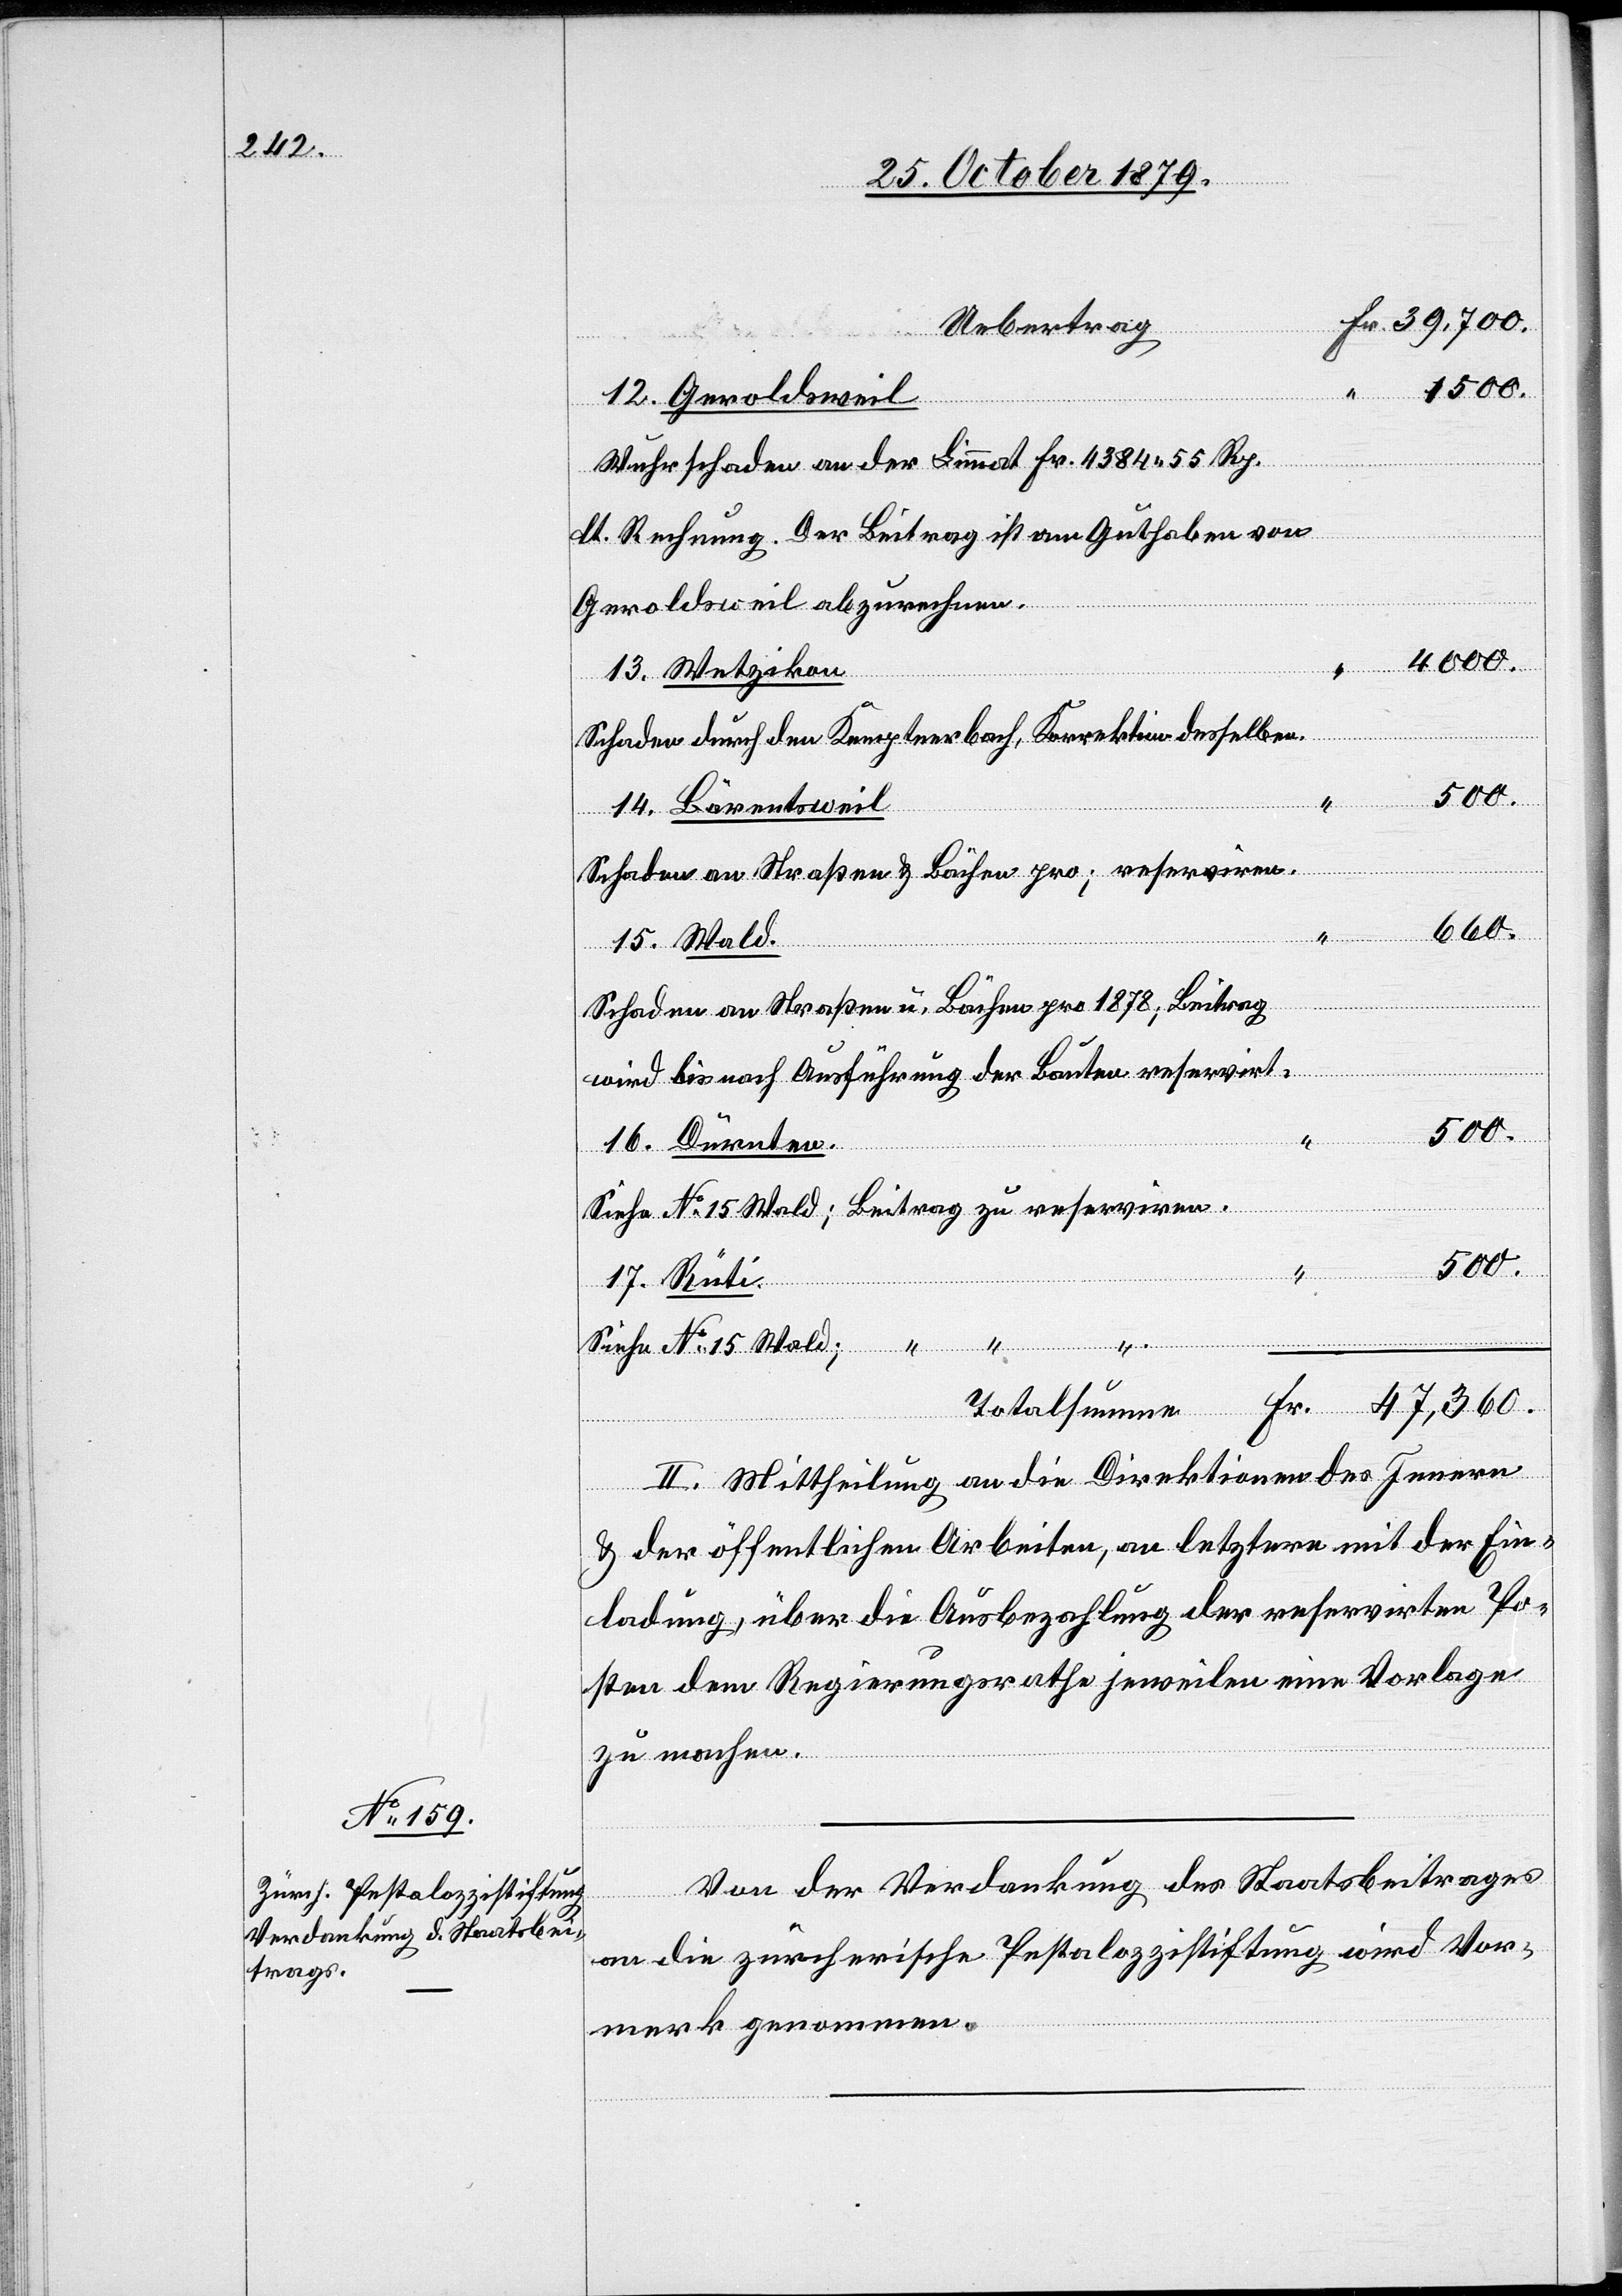
Fr. 39,700.
Uebertrag
4000.
12. Geroldsweil
Wuhrschaden an der Limmat Fr. 4384 55 Rp.
Fr.
lt. Rechnung. Der Beitrag ist Guthaben von
Geroldsweil abzurechnen.
13. Wetzikon
“
Schaden durch den Kemptnerbach, Korrektion desselben.
14. Bärentsweil
Schaden an Straßen & Bächen pro ; reserviren.
660.
15. Wald.
Schaden an Straßen u. Bächen pro 1878; Beitrag
wird bis nach Ausführung der Bauten reservirt.
47,360.
16. Dürnten.
Siehe No 15 Wald; Beitrag zu reserviren.
500.
umme
17. Rüti.
“
Siehe No 15 Wald; “ “
II. Mittheilung an die Direktion des Innern
& der öffentlichen Arbeiten, an letztere mit der Ein¬
ladung, über die Ausbezahlung der reservirten Po¬
sten dem Regierungsrathe jeweilen eine Vorlage
zu machen.
Von der Verdankung des Staatsbeitrages
an die zürcherische Pestalozzistiftung wird Vor¬
merk genommen.